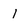
Character: 1